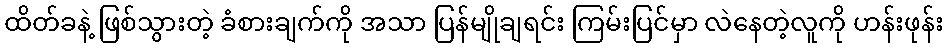
ထိတ်ခနဲ့ ဖြစ်သွားတဲ့ ခံစားချက်ကို အသာ ပြန်မျိုချရင်း ကြမ်းပြင်မှာ လဲနေတဲ့လူကို ဟန်းဖုန်း